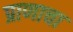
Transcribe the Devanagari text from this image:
प्राणाचा